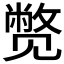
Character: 𬢓